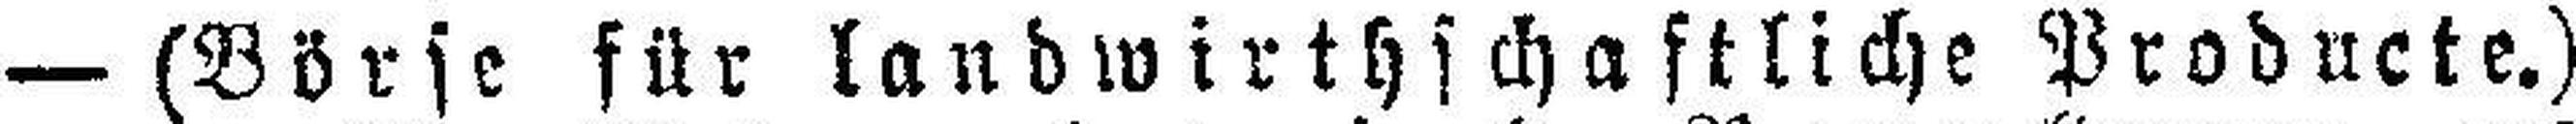
— (Börse für landwirthschaftliche Producte.)